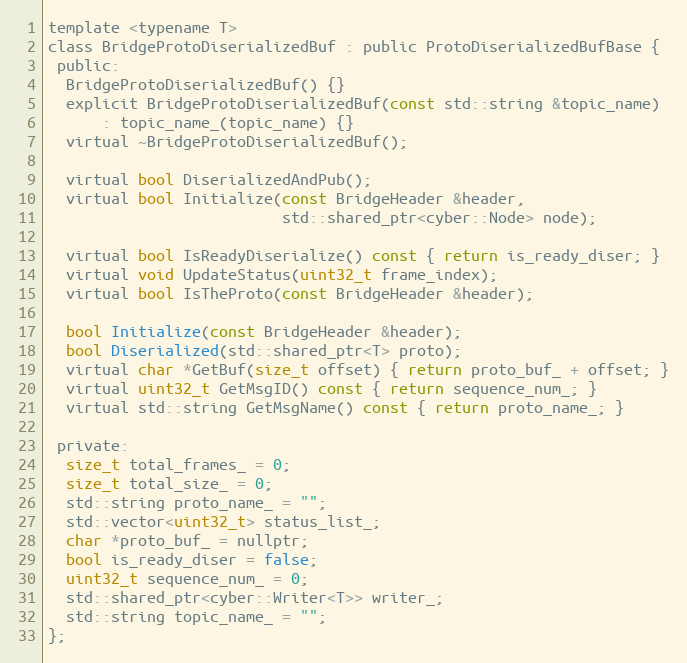
Language: C
template <typename T>
class BridgeProtoDiserializedBuf : public ProtoDiserializedBufBase {
 public:
  BridgeProtoDiserializedBuf() {}
  explicit BridgeProtoDiserializedBuf(const std::string &topic_name)
      : topic_name_(topic_name) {}
  virtual ~BridgeProtoDiserializedBuf();

  virtual bool DiserializedAndPub();
  virtual bool Initialize(const BridgeHeader &header,
                          std::shared_ptr<cyber::Node> node);

  virtual bool IsReadyDiserialize() const { return is_ready_diser; }
  virtual void UpdateStatus(uint32_t frame_index);
  virtual bool IsTheProto(const BridgeHeader &header);

  bool Initialize(const BridgeHeader &header);
  bool Diserialized(std::shared_ptr<T> proto);
  virtual char *GetBuf(size_t offset) { return proto_buf_ + offset; }
  virtual uint32_t GetMsgID() const { return sequence_num_; }
  virtual std::string GetMsgName() const { return proto_name_; }

 private:
  size_t total_frames_ = 0;
  size_t total_size_ = 0;
  std::string proto_name_ = "";
  std::vector<uint32_t> status_list_;
  char *proto_buf_ = nullptr;
  bool is_ready_diser = false;
  uint32_t sequence_num_ = 0;
  std::shared_ptr<cyber::Writer<T>> writer_;
  std::string topic_name_ = "";
};